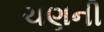
ચણની